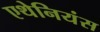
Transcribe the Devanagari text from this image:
एथेनियंस